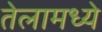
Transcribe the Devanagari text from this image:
तेलामध्ये